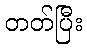
တတ်ပြီး